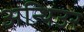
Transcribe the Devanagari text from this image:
अन्थिउर